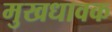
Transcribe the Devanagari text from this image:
मुखधावक